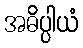
အဓိပ္ပါယံ